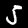
Label: 5